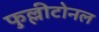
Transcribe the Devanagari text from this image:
फुल्लीटोनल